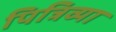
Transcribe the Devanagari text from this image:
पित्रिव्या